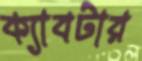
ক্যাবটার